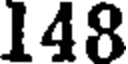
148